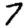
Digit: 7